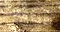
الاحتمالات